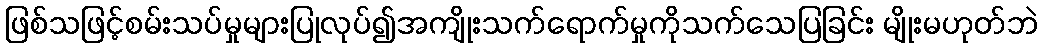
ဖြစ်သဖြင့်စမ်းသပ်မှုများပြုလုပ်၍အကျိုးသက်ရောက်မှုကိုသက်သေပြခြင်း မျိုးမဟုတ်ဘဲ